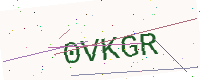
Text: 0VKGR